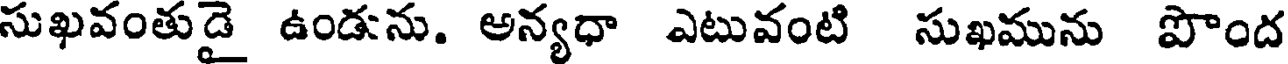
సుఖవంతుడై ఉండును. అన్యధా ఎటువంటి సుఖమును పొంద